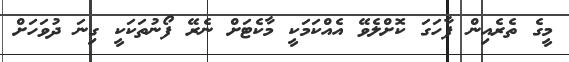
މީގެ ތެރެއިން ފާހަގަ ކޮށްލެވޭ އެއްކަމަކީ މާކެޓަށް ނެރޭ ފޯނުތަކަކީ ގިނަ ދުވަހަށް